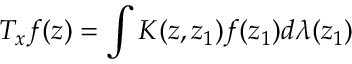
T _ { x } f ( z ) = \int K ( z , z _ { 1 } ) f ( z _ { 1 } ) d \lambda ( z _ { 1 } )